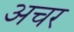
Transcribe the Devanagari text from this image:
अचर